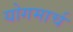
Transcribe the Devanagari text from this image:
योगमार्च